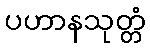
ပဟာနသုတ္တံ